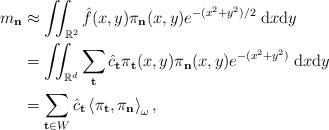
\begin{align*}m_{\bf n} &\approx \iint_{\mathbb{R}^2} \hat{f}(x,y) \pi_{\bf n}(x,y) e^{-(x^2+y^2)/2} \;\mathrm{d}x\mathrm{d}y \\&= \iint_{\mathbb{R}^d} \sum_{\bf t} \hat{c}_{\bf t} \pi_{\bf t}(x,y) \pi_{\bf n}(x,y) e^{-(x^2+y^2)} \;\mathrm{d}x\mathrm{d}y\\&= \sum_{{\bf t}\in W} \hat{c}_{\bf t} \left \langle \pi_{\bf t}, \pi_{\bf n} \right\rangle_\omega,\end{align*}